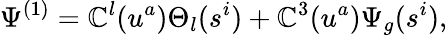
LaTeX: \Psi^{(1)}=\mathbb{C}^{l}(u^{a})\Theta_{l}(s^{i})+\mathbb{C}^{3}(u^{a})\Psi_{g}(s^{i}),